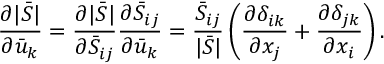
\frac { { \partial | \bar { S } | } } { { \partial { { \bar { u } } _ { k } } } } = \frac { { \partial | \bar { S } | } } { { \partial { { \bar { S } } _ { i j } } } } \frac { { \partial { { \bar { S } } _ { i j } } } } { { \partial { { \bar { u } } _ { k } } } } = \frac { { { { \bar { S } } _ { i j } } } } { { | \bar { S } | } } \left( { \frac { { \partial { \delta _ { i k } } } } { { \partial { x _ { j } } } } + \frac { { \partial { \delta _ { j k } } } } { { \partial { x _ { i } } } } } \right) .